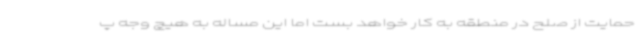
حمایت از صلح در منطقه به کار خواهد بست اما این مساله به هیچ وجه پ